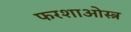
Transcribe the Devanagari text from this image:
फरशाओस्त्र